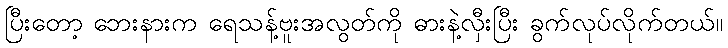
ပြီးတော့ ဘေးနားက ရေသန့်ဗူးအလွတ်ကို ဓားနဲ့လှီးပြီး ခွက်လုပ်လိုက်တယ်။